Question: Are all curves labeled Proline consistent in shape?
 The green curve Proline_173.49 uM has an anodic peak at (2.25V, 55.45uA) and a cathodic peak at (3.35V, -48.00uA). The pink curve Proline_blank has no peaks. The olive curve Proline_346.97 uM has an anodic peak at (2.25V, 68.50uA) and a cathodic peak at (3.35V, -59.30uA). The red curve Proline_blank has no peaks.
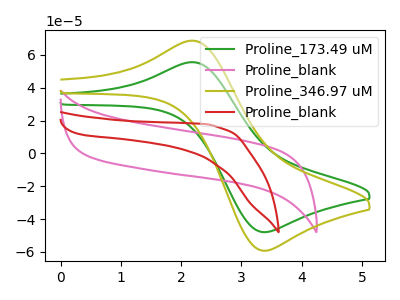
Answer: <think>"Proline_173.49 uM" and "Proline_blank" have a different number of peaks. All the peaks in "Proline_173.49 uM" have a peak in "Proline_346.97 uM" at the same potential. Every peak in "Proline_173.49 uM" is lower than every peak in "Proline_346.97 uM". "Proline_173.49 uM" and "Proline_blank" have a different number of peaks. "Proline_blank" and "Proline_346.97 uM" have a different number of peaks. Neither "Proline_blank" or "Proline_blank" have any peaks. "Proline_346.97 uM" and "Proline_blank" have a different number of peaks.
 </think>
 <answer>All the CV's of "Proline" have similar shape.</answer>
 <eval>follow_rule</eval>